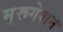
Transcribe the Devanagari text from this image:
मुरूगेशन